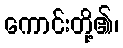
ကောင်းတို့၏၊